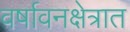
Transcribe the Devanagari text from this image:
वर्षावनक्षेत्रात